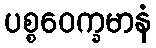
ပစ္စဝေက္ခမာနံ